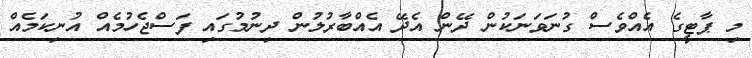
މި ޕާޓީގެ އެއްވެސް ގުނަވަނަކުން ދޭން އެދޭ އެއްބާރުލުން ދިނުުމުގައި ފަސްޖެހުމެއް އުނިކަމެއް